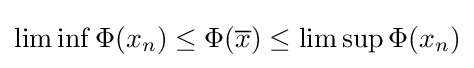
\liminf \Phi (x_{n})\leq \Phi ({\overline {x}})\leq \limsup \Phi (x_{n})